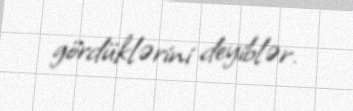
gördüklərini deyiblər.